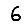
Digit: 6